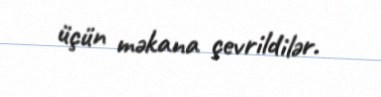
üçün məkana çevrildilər.